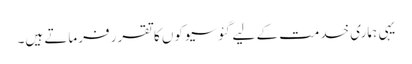
یہی ہماری خدمت کے لیے گئوسیوکوں کا تقرر فرماتے ہیں۔